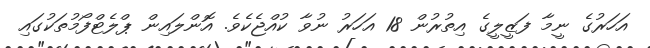
އަހަރުގެ ނީމާ ފަޒީލީގެ އިތުރުން 18 އަހަރު ނުވާ ކުއްޖެކެވެ. އޮންލައިން ޕްލެޓްފޯމުތަކުގައި